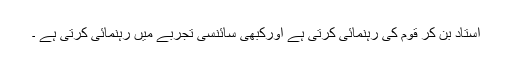
استاد بن کر قوم کی رہنمائی کرتی ہے اورکبھی سائنسی تجربے میں رہنمائی کرتی ہے ۔